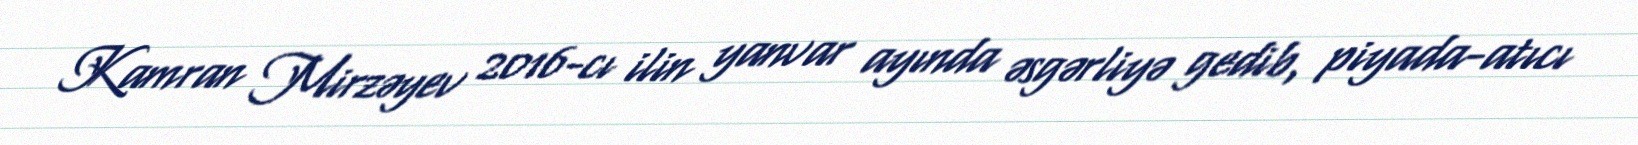
Kamran Mirzəyev 2016-cı ilin yanvar ayında əsgərliyə gedib, piyada-atıcı